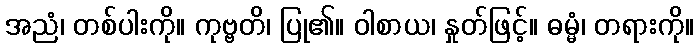
အညံ၊ တစ်ပါးကို။ ကုဗ္ဗတိ၊ ပြု၏။ ဝါစာယ၊ နှုတ်ဖြင့်။ ဓမ္မံ၊ တရားကို။